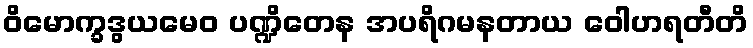
ဝိမောက္ခဒွယမေဝ ပဏ္ဍိတေန အပရိဂမနတာယ ဝေါဟရတီတိ